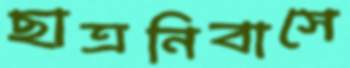
ছাত্রনিবাসে